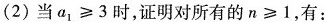
(2)当$$a _ { 1 } ≥ 3$$时，证明对所有的$$n ≥ 1$$，有：